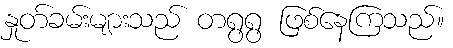
နှုတ်ခမ်းများသည် တရွရွ ဖြစ်နေကြသည်။